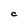
Character: C